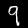
Digit: 9